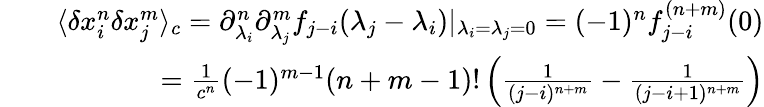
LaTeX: \begin{array}{rlr}&{}&{\langle\delta x_{i}^{n}\delta x_{j}^{m}\rangle_{c}=\partial_{\lambda_{i}}^{n}\partial_{\lambda_{j}}^{m}f_{j-i}(\lambda_{j}-\lambda_{i})|_{\lambda_{i}=\lambda_{j}=0}=(-1)^{n}f_{j-i}^{(n+m)}(0)}\\ &{}&{=\frac{1}{c^{n}}(-1)^{m-1}(n+m-1)!\left(\frac{1}{(j-i)^{n+m}}-\frac{1}{(j-i+1)^{n+m}}\right)}\end{array}